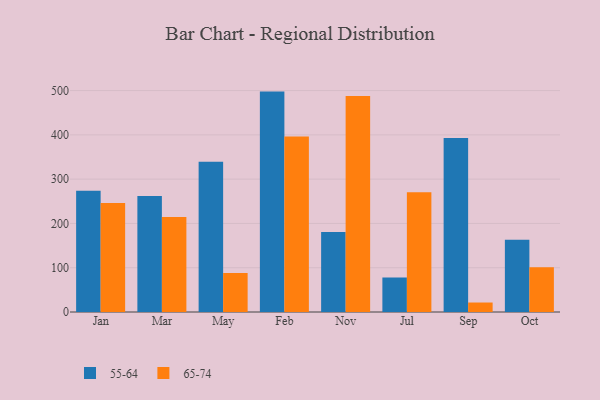
{"axis": {"x": "Month", "y": "Churn Rate (%)"}, "legend": ["55-64", "65-74"], "data": [{"x": "Jan", "y": 273.8, "type": "55-64"}, {"x": "Jan", "y": 246.2, "type": "65-74"}, {"x": "Mar", "y": 262.1, "type": "55-64"}, {"x": "Mar", "y": 214.3, "type": "65-74"}, {"x": "May", "y": 339.5, "type": "55-64"}, {"x": "May", "y": 88.2, "type": "65-74"}, {"x": "Feb", "y": 497.7, "type": "55-64"}, {"x": "Feb", "y": 396.2, "type": "65-74"}, {"x": "Nov", "y": 180.9, "type": "55-64"}, {"x": "Nov", "y": 487.6, "type": "65-74"}, {"x": "Jul", "y": 77.9, "type": "55-64"}, {"x": "Jul", "y": 270.2, "type": "65-74"}, {"x": "Sep", "y": 393.1, "type": "55-64"}, {"x": "Sep", "y": 21.4, "type": "65-74"}, {"x": "Oct", "y": 163.1, "type": "55-64"}, {"x": "Oct", "y": 100.9, "type": "65-74"}]}